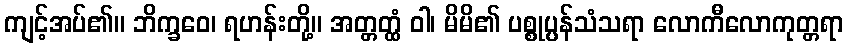
ကျင့်အပ်၏။ ဘိက္ခဝေ၊ ရဟန်းတို့။ အတ္တတ္ထံ ဝါ၊ မိမိ၏ ပစ္စုပ္ပန်သံသရာ လောကီလောကုတ္တရာ